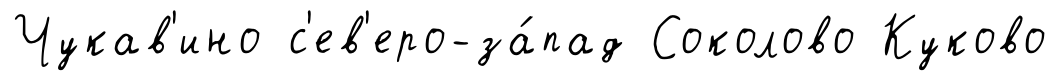
Чукав'ино с'ев'еро-за́пад Соколово Куково